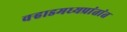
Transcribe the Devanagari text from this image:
वर्‍हाडमध्यप्रांतांत